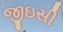
જીઇસી